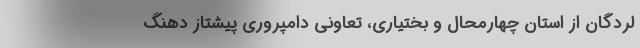
لردگان از استان چهارمحال و بختیاری، تعاونی دامپروری پیشتاز دِهُنگِ